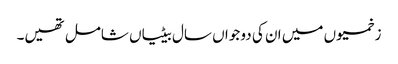
زخمیوں میں ان کی دو جواں سال بیٹیاں شامل تھیں۔